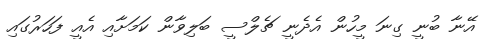
އޭނާ ބުނީ ގިނަ މީހުން އެދެނީ ޗެލްސީ ބަލިވާން ކަމަށާއި އެއީ ފަހަރުގައި